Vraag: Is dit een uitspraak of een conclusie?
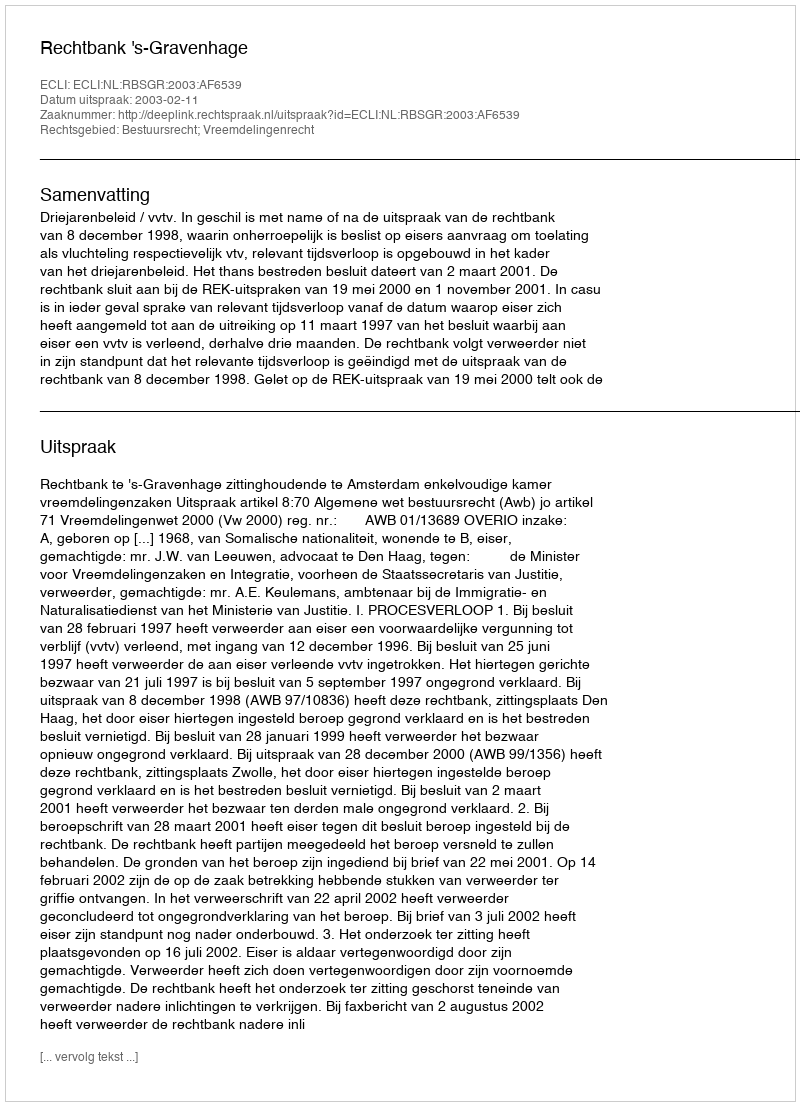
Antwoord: Uitspraak